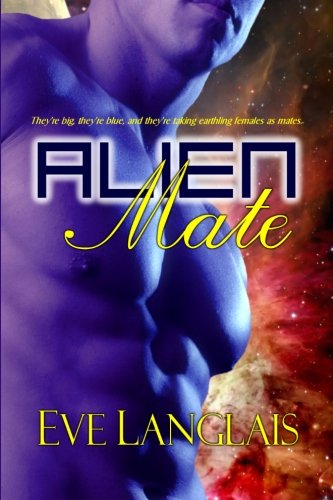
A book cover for Alien Mate; Eve Langlais; Romance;